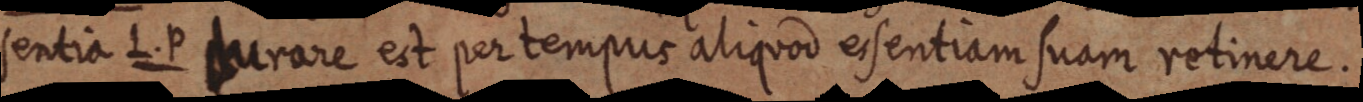
sentia L. P durare est per tempus aliquod essentiam suam retinere.